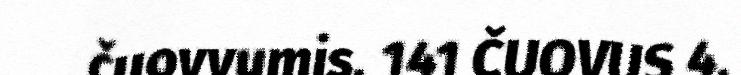
čuovvumis. 141 ČUOVUS 4.